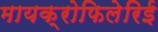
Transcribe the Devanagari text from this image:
मायक्रोफिलेरिई